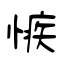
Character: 愱